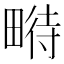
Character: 𤲵